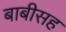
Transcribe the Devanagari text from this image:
बाबीसह